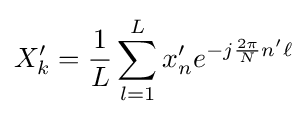
X_{k}'={\frac {1}{L}}\sum _{l=1}^{L}x_{n}'e^{-j{\frac {2\pi }{N}}n'\ell }